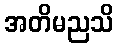
အတိမညသိ